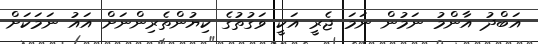
އަބްދު އާންމު ނަމުން ނަމަ ޖެރީ އަކީ ވަގުތުގެ ކިޔުންތެރިންނަށް އައު ނަމަކަށް